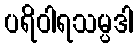
ပရိဝါရသမ္ပဒါ